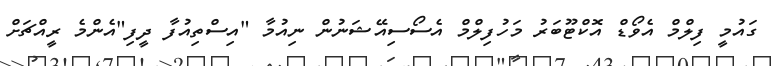
ގައުމީ ފިލްމް އެވޯޑް އޮކްޓޫބަރު މަހުފިލްމް އެސޯސިއޭޝަނުން ނިއުމާ "އިސްތިއުފާ ދީފި"އެންމެ ރީއްޗަށް